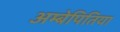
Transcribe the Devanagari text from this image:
अम्बेपितिया